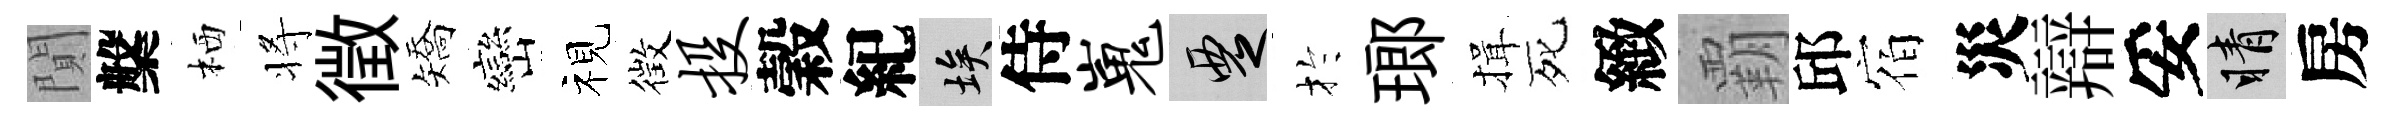
閴槃栖将徴矯巒视徴投穀紀埃侍嵬覂扵瑯揖死緻覇邱宿災辯妥睛房